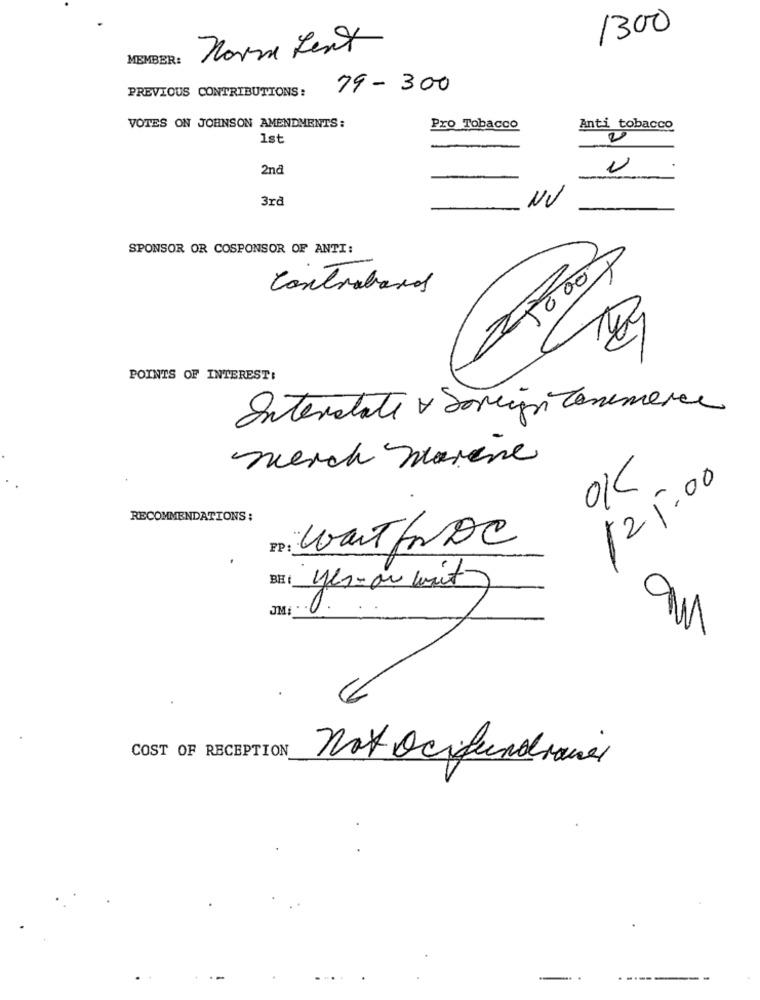
1300
Norma Lent
MEMBER:
PREVIOUS CONTRIBUTIONS:
79- 300
VOTES ON JOHNSON AMENDMENTS:
Pro Tobacco
Anti tobacco
1st
2
-
2nd
3rd
NV
SPONSOR OR COSPONSOR OF ANTI:
5000
Contraband
POINTS OF INTEREST:
Interstate + Sorgi Commerce
merch marine
01
121.00
RECOMMENDATIONS :
wait forDe
PP :
yes-or wait
JM:
COST OF RECEPTION
not Ocioundranel
-. .
----